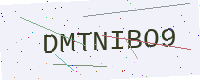
Text: DMTNIBO9